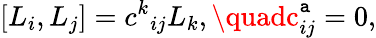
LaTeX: [L_{i},L_{j}]=c^{k}{}_{ij}L_{k},\quadc_{ij}^{\mathtt{a}}=0,